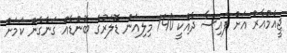
ޖީއެމްއާރް އަށް ފައިސާ ދެއްކީ 140 މިލިއަން ޑޮލަރުގެ ބޮންޑެއް ގަނެގެން ކަމަށް